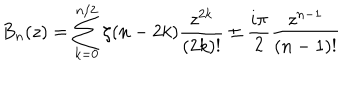
LaTeX: B _ { n } ( z ) = \sum _ { k = 0 } ^ { n / 2 } \zeta ( n - 2 k ) \frac { z ^ { 2 k } } { ( 2 k ) ! } \pm \frac { i \pi } { 2 } \frac { z ^ { n - 1 } } { ( n - 1 ) ! }